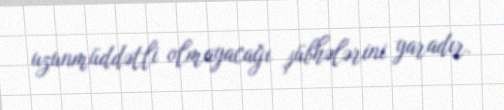
uzunmüddətli olmayacağı şübhələrini yaradır.